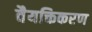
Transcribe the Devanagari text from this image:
वैयक्तिकरण